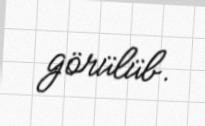
görülüb.